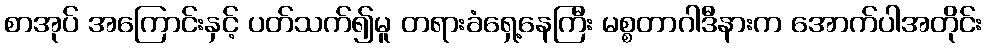
စာအုပ် အကြောင်းနှင့် ပတ်သက်၍မူ တရားခံရှေ့နေကြီး မစ္စတာဂါဒီနားက အောက်ပါအတိုင်း